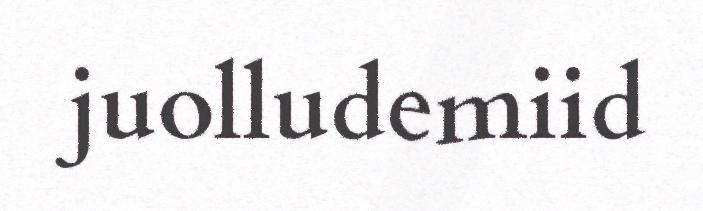
juolludemiid